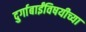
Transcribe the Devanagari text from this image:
दुर्गाबाईंविषयीच्या